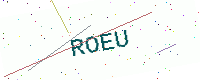
Text: ROEU